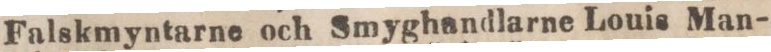
Falskmyntarne och Smyghandlarne Louis Man-